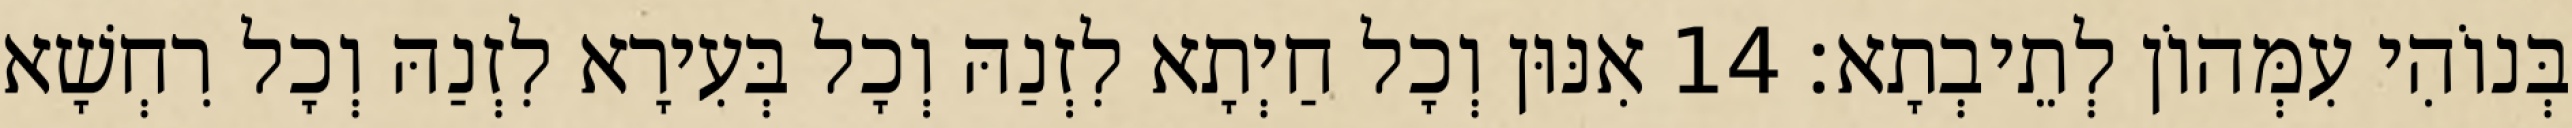
בְּנוֹהִי עִמְּהוֹן לְתֵיבְתָא׃ 14 אִנּוּן וְכָל חַיְתָא לִזְנַהּ וְכָל בְּעִירָא לִזְנַהּ וְכָל רִחְשָׁא